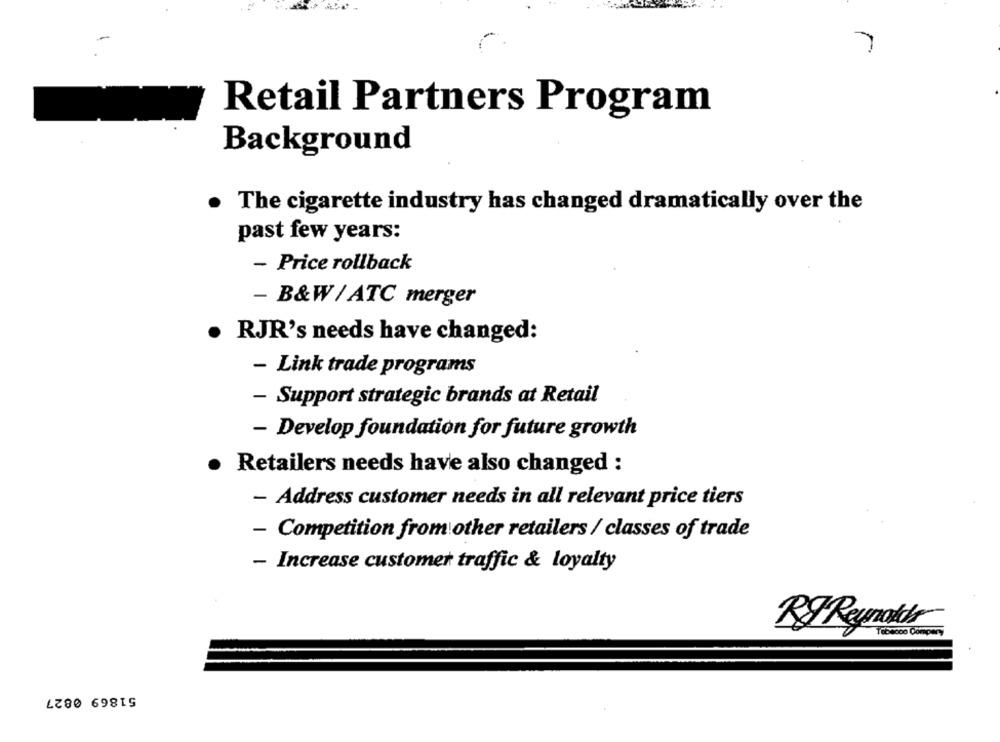
Retail Partners Program
Background
The cigarette industry has changed dramatically over the
past few years:
- Price rollback
- B&W/ ATC merger
RJR's needs have changed:
- Link trade programs
- Support strategic brands at Retail
- Develop foundation for future growth
.
Retailers needs have also changed :
- Address customer needs in all relevant price tiers
- Competition from other retailers / classes of trade
- Increase customer traffic & loyalty
RJ Reynolds
51869 0827